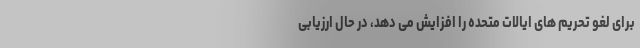
برای لغو تحریم های ایالات متحده را افزایش می دهد، در حال ارزیابی